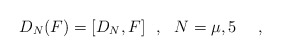
\begin{align*}D_N(F)= [D_N, F] ~~,~~N=\mu, 5 ~~~~,\end{align*}